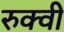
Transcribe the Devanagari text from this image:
रुक्‍वी